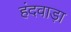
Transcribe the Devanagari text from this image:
हंदवाड़ा